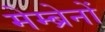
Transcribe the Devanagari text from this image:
मेम्ब्रेनों